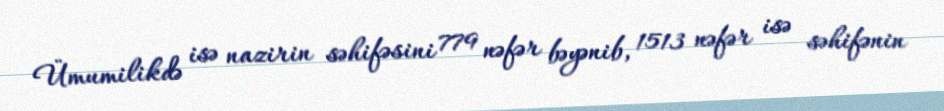
Ümumilikdə isə nazirin səhifəsini 779 nəfər bəyənib, 1513 nəfər isə səhifənin